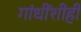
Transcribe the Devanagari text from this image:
गांधींशीही